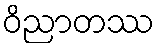
ဝိညာတဿ